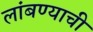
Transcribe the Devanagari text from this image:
लांबण्याची